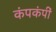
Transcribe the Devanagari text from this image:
कंपकंपीं